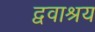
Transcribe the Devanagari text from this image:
द्ववाश्रय